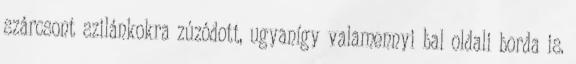
szárcsont szilánkokra zúzódott, ugyanígy valamennyi bal oldali borda is.